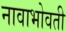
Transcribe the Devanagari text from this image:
नावाभोवती